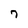
Character: 7